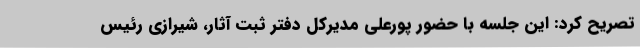
تصریح کرد: این جلسه با حضور پورعلی مدیرکل دفتر ثبت آثار، شیرازی رئیس